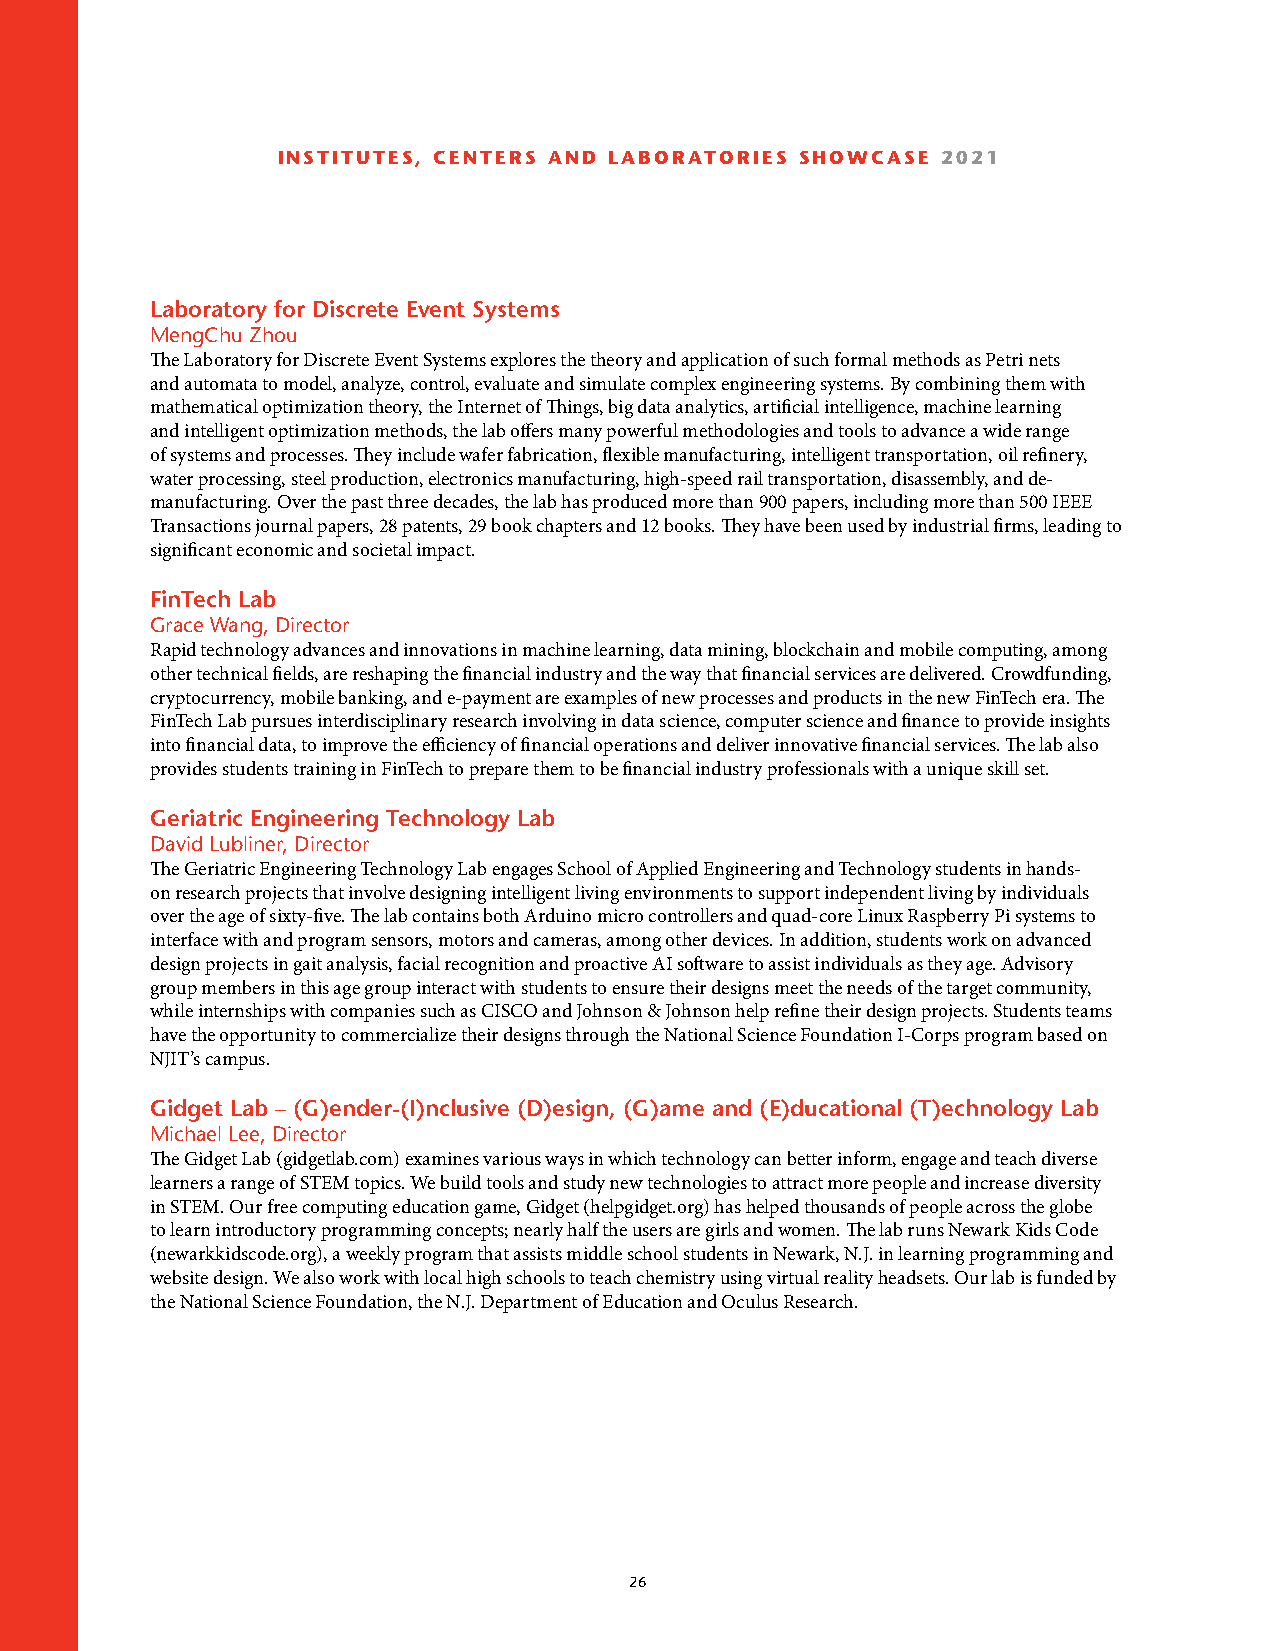
INSTITUTES, CENTERS AND LABORATORIES SHOWCASE 2021
 Laboratory for Discrete Event Systems
 MengChu Zhou
 The Laboratory for Discrete Event Systems explores the theory and application of such formal methods as Petri nets
 and automata to model, analyze, control, evaluate and simulate complex engineering systems. By combining them with
 mathematical optimization theory, the Internet of Things, big data analytics, artificial intelligence, machine learning
 and intelligent optimization methods, the lab offers many powerful methodologies and tools to advance a wide range
 of systems and processes. They include wafer fabrication, flexible manufacturing, intelligent transportation, oil refinery,
 water processing, steel production, electronics manufacturing, high-speed rail transportation, disassembly, and de-
 manufacturing. Over the past three decades, the lab has produced more than 900 papers, including more than 500 IEEE
 Transactions journal papers, 28 patents, 29 book chapters and 12 books. They have been used by industrial firms, leading to
 significant economic and societal impact.
 FinTech Lab
 Grace Wang, Director
 Rapid technology advances and innovations in machine learning, data mining, blockchain and mobile computing, among
 other technical fields, are reshaping the financial industry and the way that financial services are delivered. Crowdfunding,
 cryptocurrency, mobile banking, and e-payment are examples of new processes and products in the new FinTech era. The
 FinTech Lab pursues interdisciplinary research involving in data science, computer science and finance to provide insights
 into financial data, to improve the efficiency of financial operations and deliver innovative financial services. The lab also
 provides students training in FinTech to prepare them to be financial industry professionals with a unique skill set.
 Geriatric Engineering Technology Lab
 David Lubliner, Director
 The Geriatric Engineering Technology Lab engages School of Applied Engineering and Technology students in hands-
 on research projects that involve designing intelligent living environments to support independent living by individuals
 over the age of sixty-five. The lab contains both Arduino micro controllers and quad-core Linux Raspberry Pi systems to
 interface with and program sensors, motors and cameras, among other devices. In addition, students work on advanced
 design projects in gait analysis, facial recognition and proactive AI software to assist individuals as they age. Advisory
 group members in this age group interact with students to ensure their designs meet the needs of the target community,
 while internships with companies such as CISCO and Johnson & Johnson help refine their design projects. Students teams
 have the opportunity to commercialize their designs through the National Science Foundation I-Corps program based on
 NJIT’s campus.
 Gidget Lab – (G)ender-(I)nclusive (D)esign, (G)ame and (E)ducational (T)echnology Lab
 Michael Lee, Director
 The Gidget Lab (gidgetlab.com) examines various ways in which technology can better inform, engage and teach diverse
 learners a range of STEM topics. We build tools and study new technologies to attract more people and increase diversity
 in STEM. Our free computing education game, Gidget (helpgidget.org) has helped thousands of people across the globe
 to learn introductory programming concepts; nearly half the users are girls and women. The lab runs Newark Kids Code
 (newarkkidscode.org), a weekly program that assists middle school students in Newark, N.J. in learning programming and
 website design. We also work with local high schools to teach chemistry using virtual reality headsets. Our lab is funded by
 the National Science Foundation, the N.J. Department of Education and Oculus Research.
 26